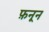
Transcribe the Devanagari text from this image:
फ़नून